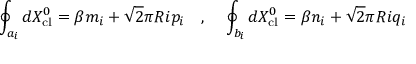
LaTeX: \oint _ { a _ { i } } d X _ { \mathrm { c l } } ^ { 0 } = \beta m _ { i } + \sqrt { 2 } \pi R i p _ { i } ~ ~ ~ , ~ ~ ~ \oint _ { b _ { i } } d X _ { \mathrm { c l } } ^ { 0 } = \beta n _ { i } + \sqrt { 2 } \pi R i q _ { i }